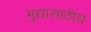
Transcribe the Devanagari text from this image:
मुद्यासाठीच